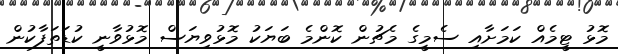
މޮޅު ޓީމެއް ކަމަށާއި ސެމީގެ މެޗުން ކޮންމެ ބަޔަކު މޮޅުވިޔަސް މޮޅުވާނީ ކުޑަތަފާކުން